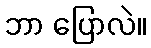
ဘာ ပြောလဲ။